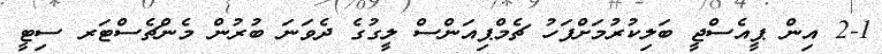
2-1 އިން ޕީއެސްޖީ ބަލިކުރުމަށްފަހު ޗެމްޕިއަންސް ލީގުގެ ދެވަނަ ބުރުން މެންޗެސްޓަރ ސިޓީ